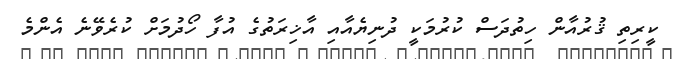
ކީރިތި ޤުރުއާން ހިތުދަސް ކުރުމަކީ ދުނިޔެއާއި އާޚިރަތުގެ އުފާ ހޯދުމަށް ކުރެވޭނެ އެންމެ